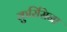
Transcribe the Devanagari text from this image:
कुरिसिना